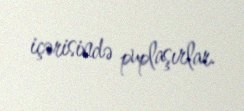
içərisində puplaşırlar.